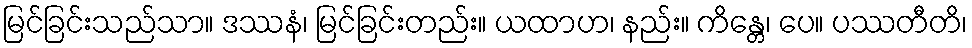
မြင်ခြင်းသည်သာ။ ဒဿနံ၊ မြင်ခြင်းတည်း။ ယထာဟ၊ နည်း။ ကိန္တေ၊ ပေ။ ပဿတီတိ၊